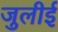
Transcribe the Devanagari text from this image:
जुलीई